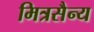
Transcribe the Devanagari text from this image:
मित्रसैन्य